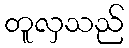
တူလှသည်